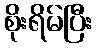
စိုးရိမ်ပြီး